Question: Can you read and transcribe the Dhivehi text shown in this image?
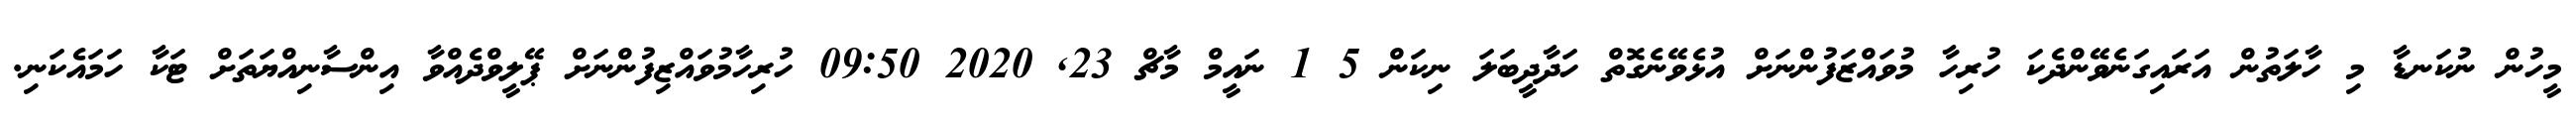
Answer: މީހުން ނުކަނޑާ މި ހާލަތުން އަރައިގަނެވޭންދެކަ ހުރިހާ މުވައްޒަފުންނަށް އުޅެވޭނެގޮތް ހަދާދީބަލަ ނިކަން 5 1 ނައީމް މާޗް 23, 2020 09:50 ހުރިހާމުވައްޒިފުންނަށް ޕޭލީވްދެއްވާ އިންސާނިއްޔަތަށް ޓަކާ ހަމައެކަނި.